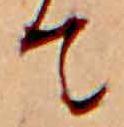
て